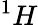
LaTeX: ^1H